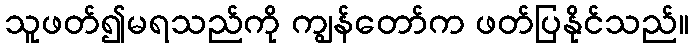
သူဖတ်၍မရသည်ကို ကျွန်တော်က ဖတ်ပြနိုင်သည်။